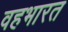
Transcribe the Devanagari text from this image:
वहभारत